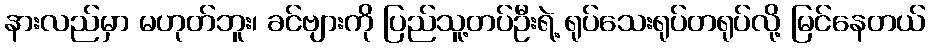
နားလည်မှာ မဟုတ်ဘူး၊ ခင်ဗျားကို ပြည်သူ့တပ်ဦးရဲ့ ရုပ်သေးရုပ်တရုပ်လို့ မြင်နေတယ်